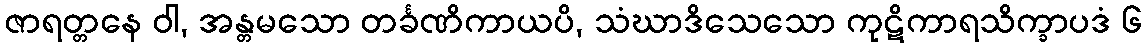
ဇာရတ္တနေ ဝါ, အန္တမသော တင်္ခဏိကာယပိ, သံဃာဒိသေသော ကုဋိကာရသိက္ခာပဒံ ၆